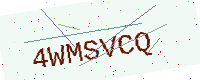
Text: 4WMSVCQ